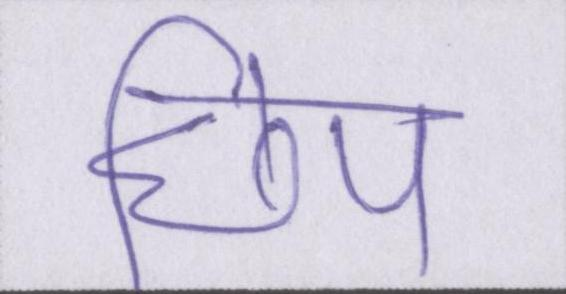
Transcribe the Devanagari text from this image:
छिप